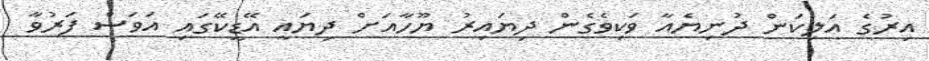
އިރުގެ އަލިކަން ދުނިޔެއާ ވަކިވެގެން ދިޔައިރު ޔޫހާއަށް ދިޔައީ އޭޑީކޭގައި އަވަސް ފަރުވާ